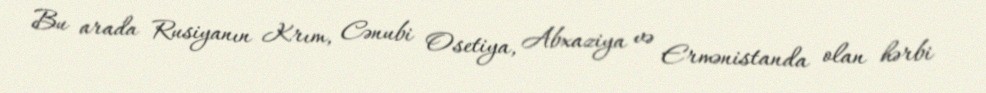
Bu arada Rusiyanın Krım, Cənubi Osetiya, Abxaziya və Ermənistanda olan hərbi